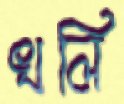
খলি